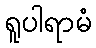
ရူပါရာမံ